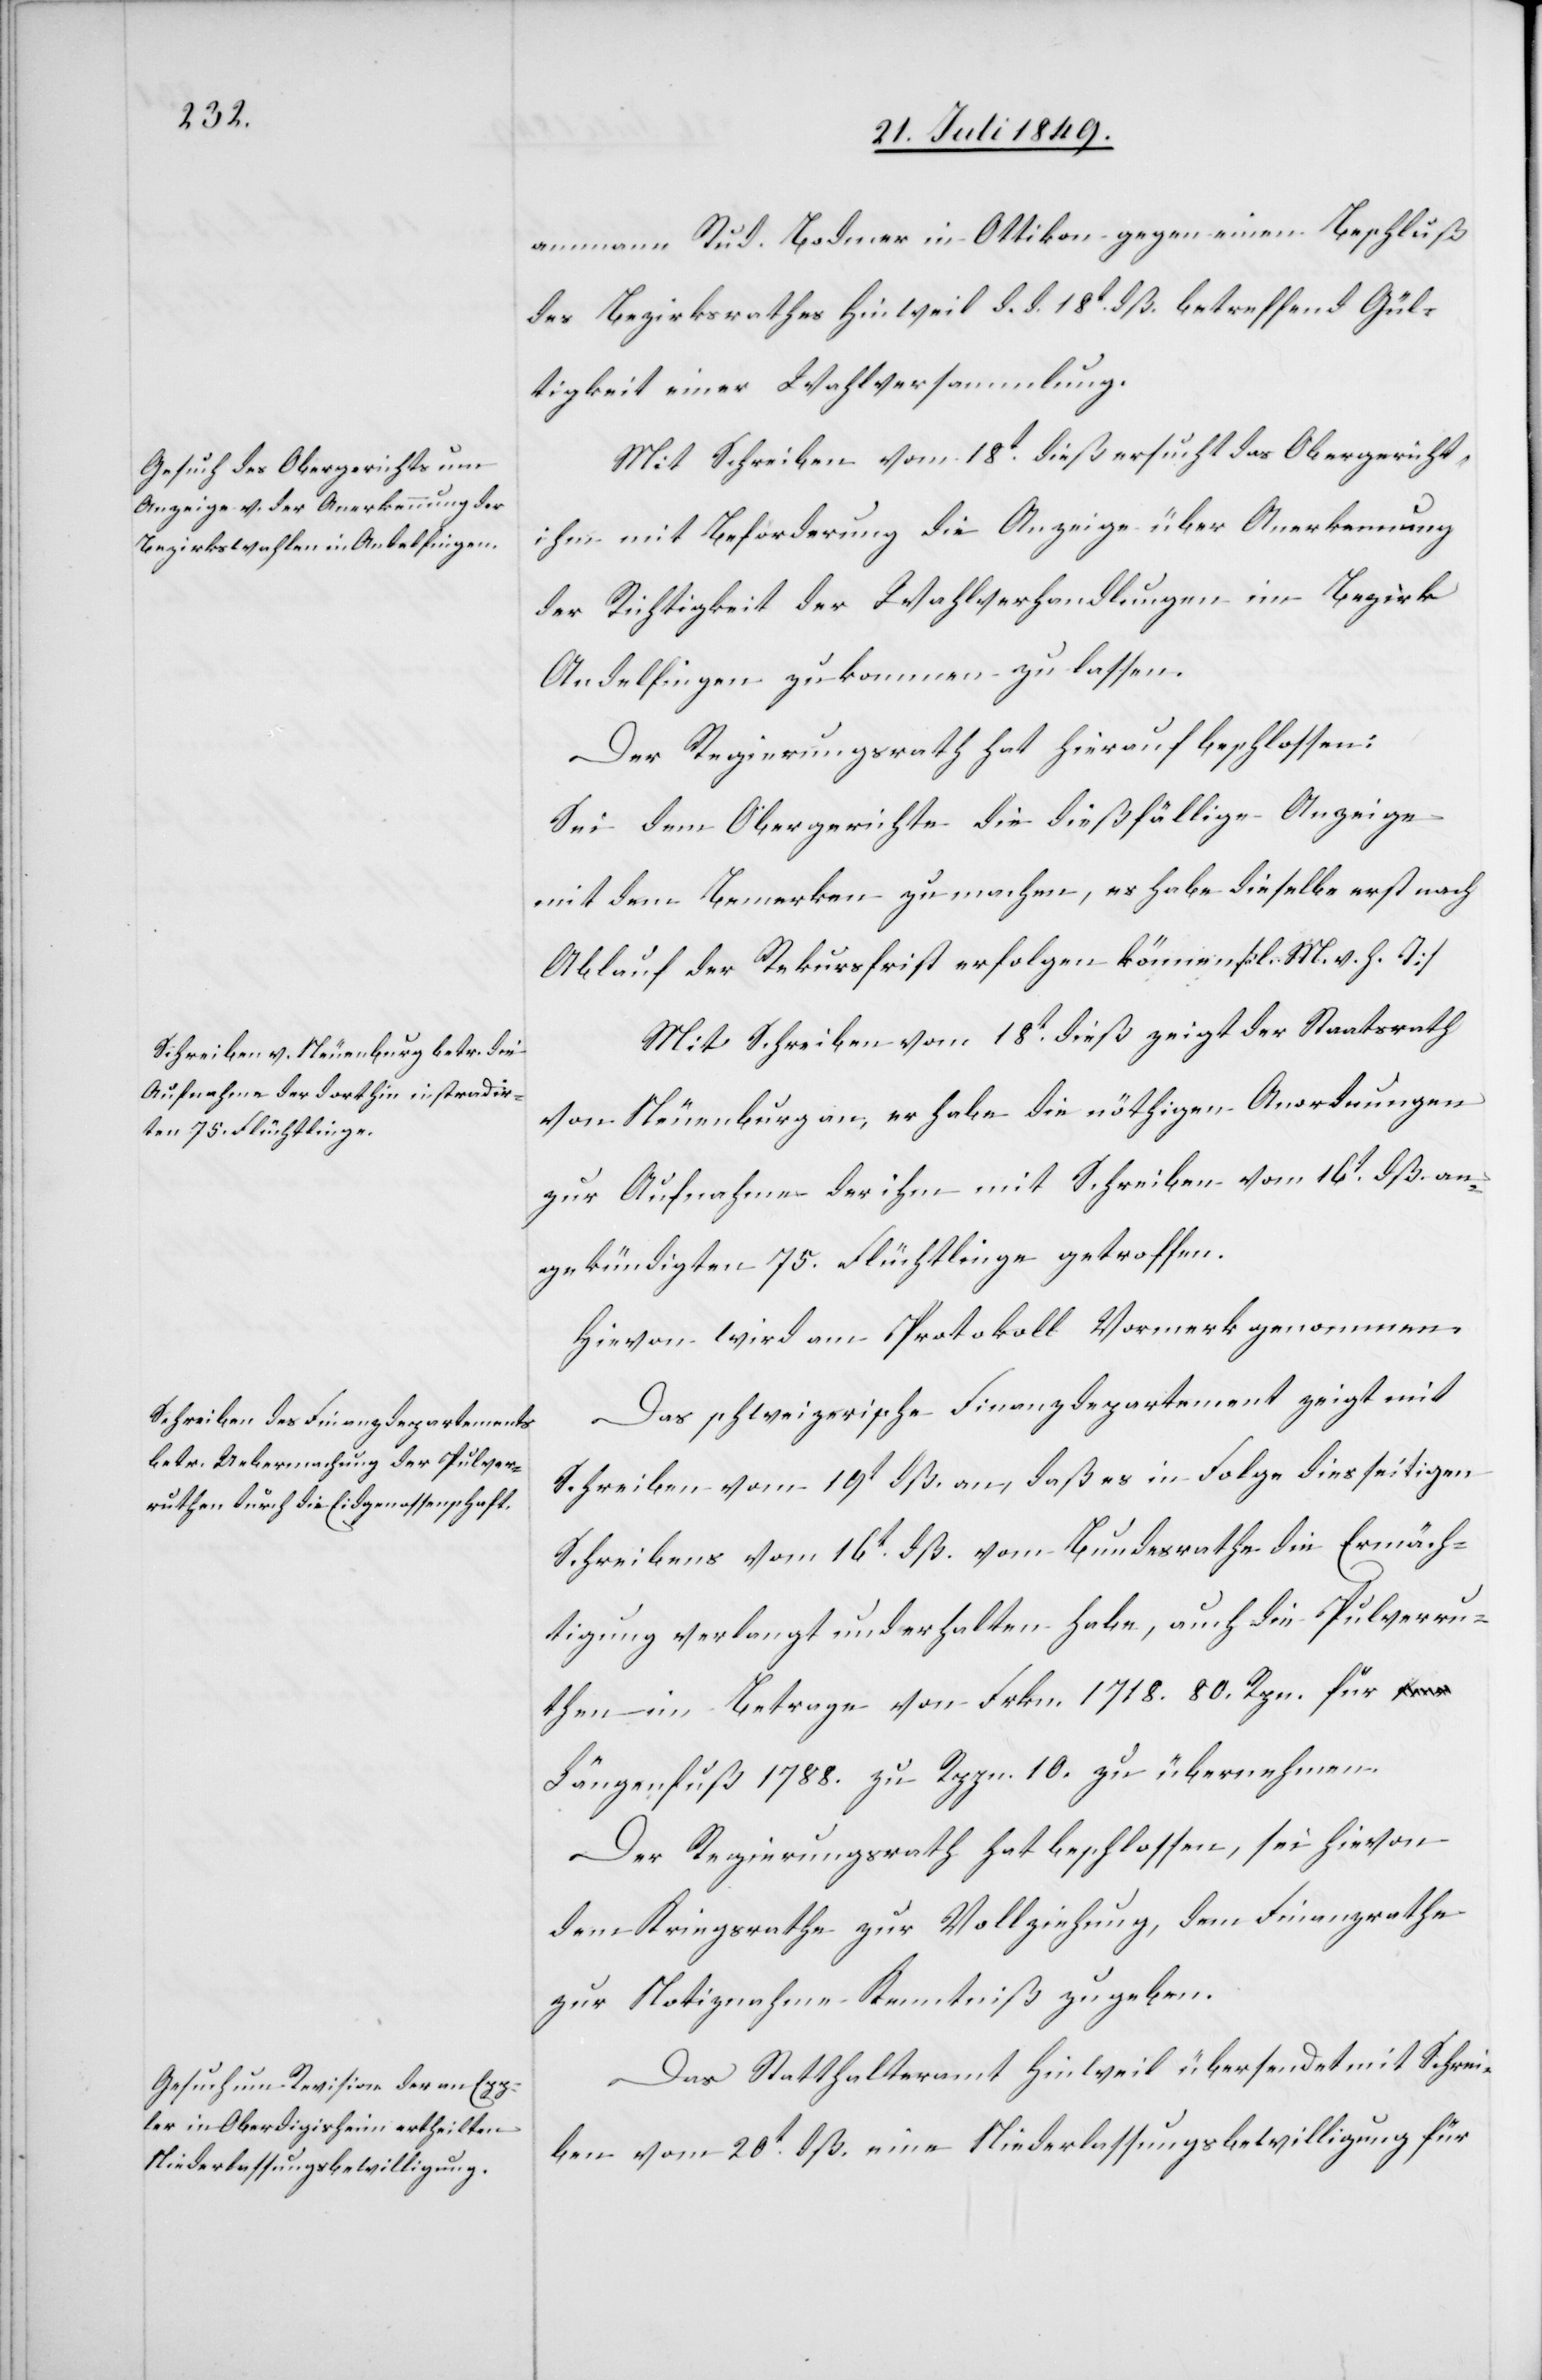
ammann Rud. Bodmer in Ottikon gegen einen Beschluß
des Bezirksrathes Hinweil d. d. 18t dß. betreffend Gül¬
tigkeit einer Wahlversammlung.
Mit Schreiben vom 18t dieß ersucht das Obergericht,
ihm mit Beförderung die Anzeige über Anerkennung
der Richtigkeit der Wahlverhandlungen im Bezirk
Andelfingen zukommen zu lassen.
Der Regierungsrath hat hierauf beschlossen:
Sei dem Obergerichte die dießfällige Anzeige
mit dem Bemerken zu machen, es habe dieselbe erst nach
Ablauf der Rekursfrist erfolgen können. [l. M. v. h. T]
Mit Schreiben vom 18t dieß zeigt der Staatsrath
von Neuenburg an, er habe die nöthigen Anordnungen
zur Aufnahme der ihm mit Schreiben vom 16t dß. an¬
gekündigten 75. Flüchtlinge getroffen.
Hievon wird am Protokoll Vormerk genommen.
Das schweizerische Finanzdepartement zeigt mit
Schreiben vom 19t dß. an, daß es in Folge diesseitigen
Schreibens vom 16t dß. vom Bundesrathe die Ermäch¬
tigung verlangt und erhalten habe, auch die Pulverru¬
then im Betrage von Frkn. 1 718. 80. Rpn. für L¬
ängenfuß 1 788. zu Rppn. 10. zu übernehmen.
Der Regierungsrath hat beschlossen, sei hievon
dem Kriegsrathe zur Vollziehung, dem Finanzrathe
zur Notiznahme Kenntniß zu geben.
Das Statthalteramt Hinweil übersendet mit Schrei¬
ben vom 20t dß. eine Niederlassungsbewilligung für